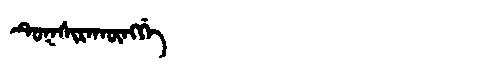
Manchu: ᡨᡠᡴᠰᡳᡵᠠᡴᡡᠩᡤᡝ
Romanization: TUKSIRAKŪNGGE